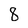
Character: 8